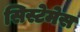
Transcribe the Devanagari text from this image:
सिस्टेमेस